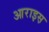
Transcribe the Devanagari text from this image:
आराइस़